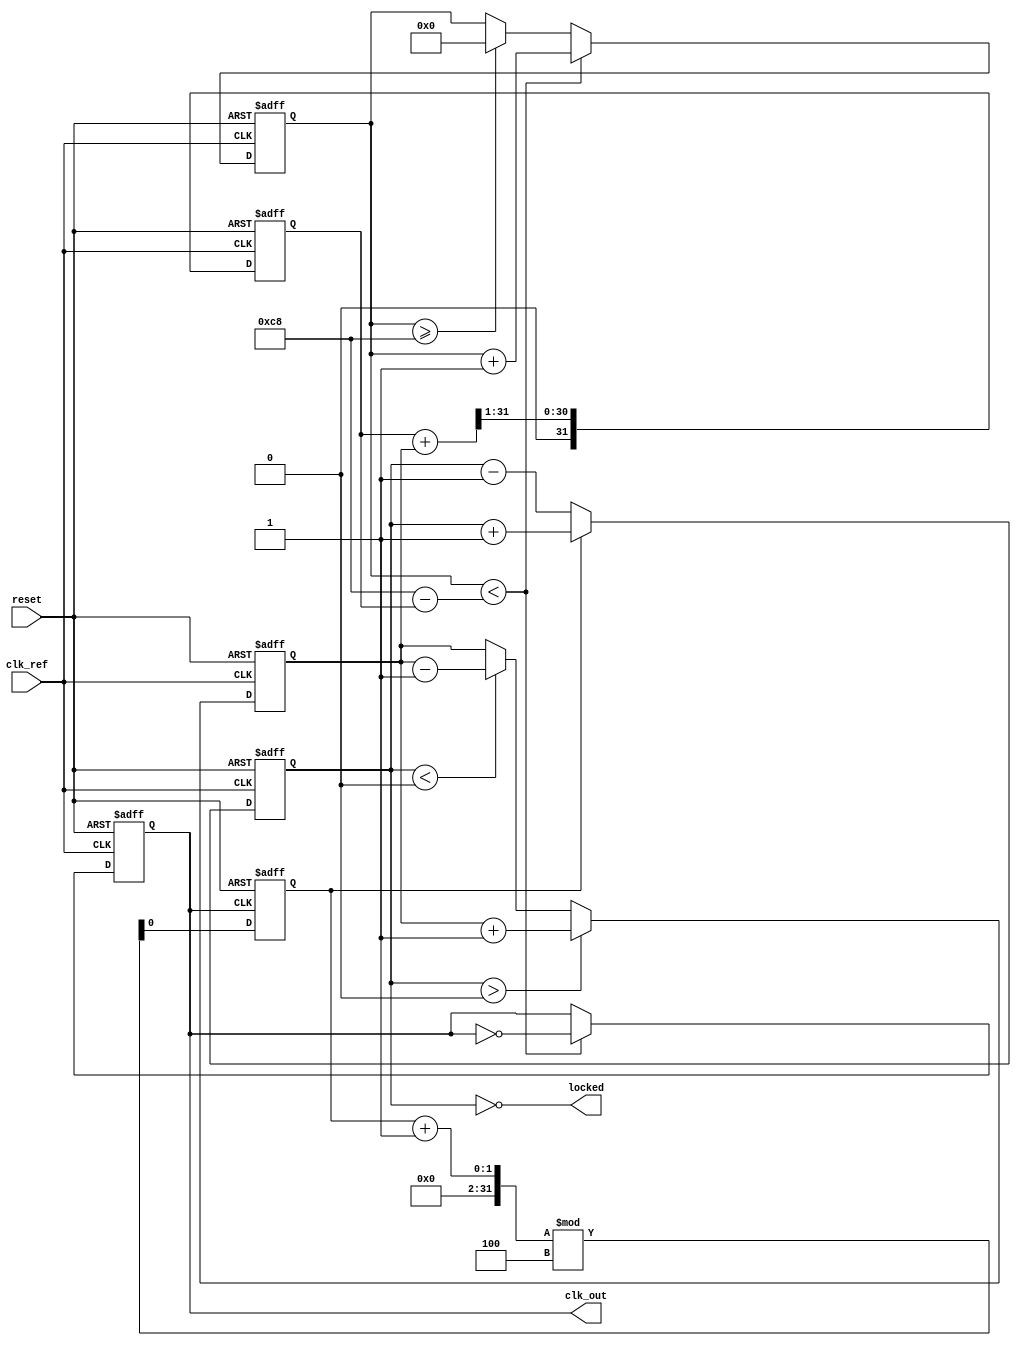
module low_jitter_pll (
    input wire clk_ref,          // Reference clock input
    input wire reset,            // Reset signal
    output wire clk_out,         // Output clock
    output wire locked           // Lock indicator
);

// Parameters
parameter DIV_RATIO = 4;       // Frequency division ratio
parameter VCO_MAX_FREQ = 200;  // Max VCO frequency in MHz
parameter VCO_MIN_FREQ = 50;   // Min VCO frequency in MHz

// Internal signals
reg [31:0] phase_error;         // Phase error signal
reg [31:0] control_voltage;     // Control voltage for VCO
reg vco_clk;                   // VCO clock signal
reg [31:0] vco_counter;         // VCO counter
reg [31:0] loop_filter;         // Loop filter output
reg feedback_clk;               // Feedback clock signal
reg locked_reg;                 // Lock status register

// Phase Detector (PD)
always @(posedge clk_ref or posedge reset) begin
    if (reset) begin
        phase_error <= 0;
    end else begin
        // Simple phase detection logic (for illustration)
        if (feedback_clk) begin
            phase_error <= phase_error + 1; // Increment error
        end else begin
            phase_error <= phase_error - 1; // Decrement error
        end
    end
end

// Charge Pump
always @(posedge clk_ref or posedge reset) begin
    if (reset) begin
        control_voltage <= 0;
    end else begin
        // Charge pump logic
        if (phase_error > 0) begin
            control_voltage <= control_voltage + 1; // Pump up
        end else if (phase_error < 0) begin
            control_voltage <= control_voltage - 1; // Pump down
        end
    end
end

// Loop Filter (Simple RC filter model)
always @(posedge clk_ref or posedge reset) begin
    if (reset) begin
        loop_filter <= 0;
    end else begin
        loop_filter <= (loop_filter + control_voltage) >> 1; // Simple averaging
    end
end

// Voltage-Controlled Oscillator (VCO)
always @(posedge clk_ref or posedge reset) begin
    if (reset) begin
        vco_counter <= 0;
        vco_clk <= 0;
    end else begin
        // VCO frequency control based on control voltage
        if (vco_counter < (VCO_MAX_FREQ - loop_filter)) begin
            vco_counter <= vco_counter + 1;
            vco_clk <= ~vco_clk; // Toggle VCO clock
        end else if (vco_counter >= VCO_MAX_FREQ) begin
            vco_counter <= 0; // Reset counter
        end
    end
end

// Frequency Divider
always @(posedge vco_clk or posedge reset) begin
    if (reset) begin
        feedback_clk <= 0;
    end else begin
        feedback_clk <= (feedback_clk + 1) % DIV_RATIO; // Divide by DIV_RATIO
    end
end

// Output Buffer
assign clk_out = vco_clk; // Output the VCO clock
assign locked = (phase_error == 0); // Lock status

endmodule